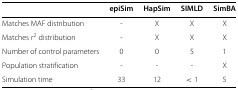
|  | epiSim | HapSim | SIMLD | SimBA |
 | --- | --- | --- | --- | --- |
 | Matches MAF distribution | - | X | X | X |
 | Matches r2 distribution | - | X | X | X |
 | Number of control parameters | 0 | 0 | 5 | 1 |
 | Population stratification | - | - | - | X |
 | Simulation time | 33 | 12 | <1 | 5 |